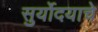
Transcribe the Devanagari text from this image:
सुर्योदयाचे